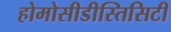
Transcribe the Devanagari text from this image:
होमोसीडीस्तिसिटी